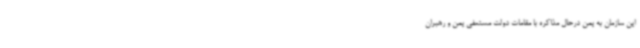
این سازمان به یمن درحال مذاکره با مقامات دولت مستعفی یمن و رهبران